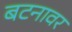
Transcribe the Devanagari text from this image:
बटनावर